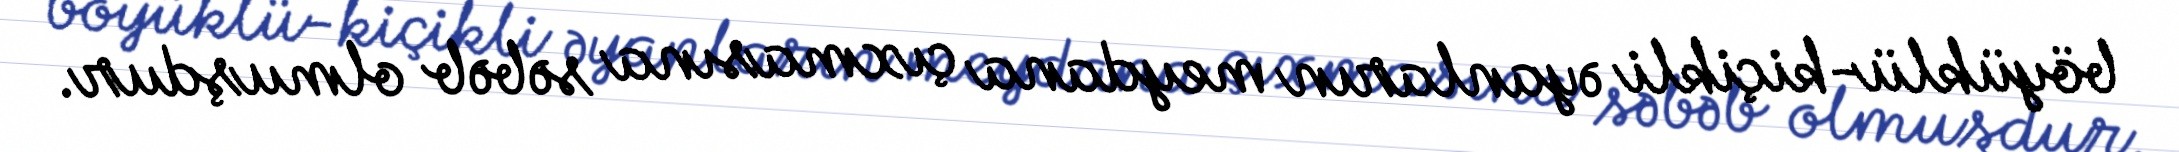
böyüklü-kiçikli əyanların meydana çıxmasına səbəb olmuşdur.